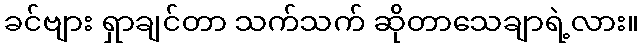
ခင်ဗျား ရှာချင်တာ သက်သက် ဆိုတာသေချာရဲ့လား။